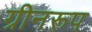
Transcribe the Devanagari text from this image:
ग्रीनरूप